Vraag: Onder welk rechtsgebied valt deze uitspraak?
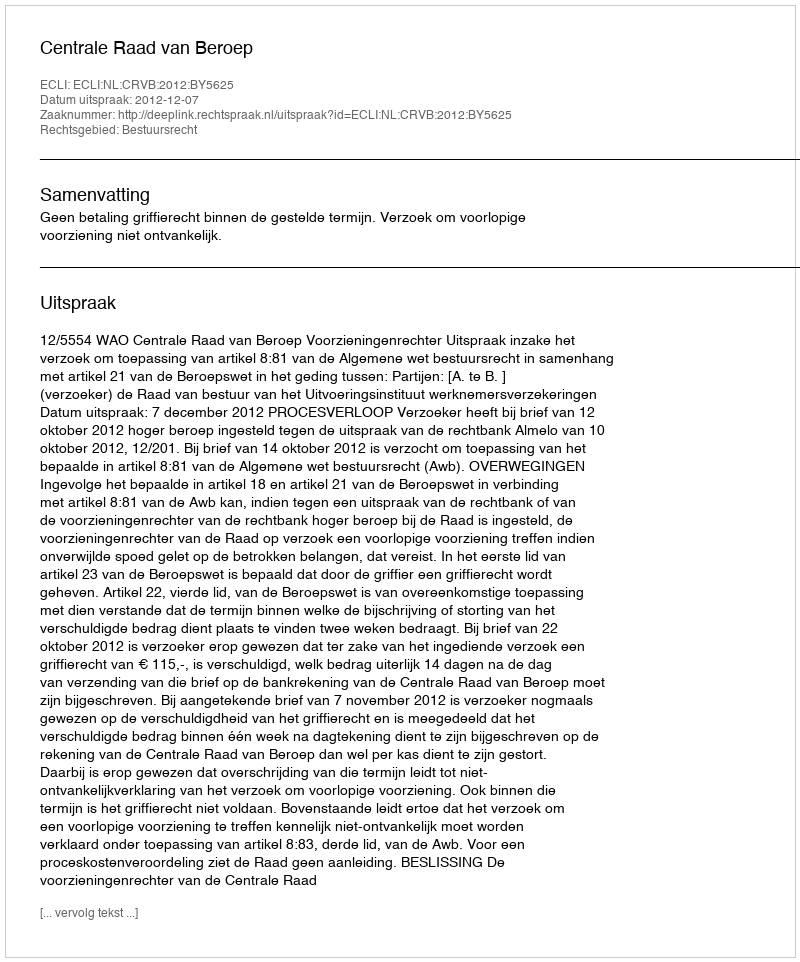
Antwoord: Bestuursrecht